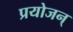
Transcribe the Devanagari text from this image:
प्रयोजन्